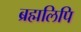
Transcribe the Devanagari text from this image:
ब्रह्मलिपि